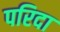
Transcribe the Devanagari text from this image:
परिदा